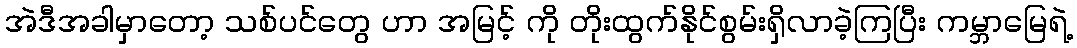
အဲဒီအခါမှာတော့ သစ်ပင်တွေ ဟာ အမြင့် ကို တိုးထွက်နိုင်စွမ်းရှိလာခဲ့ကြပြီး ကမ္ဘာမြေရဲ့